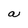
Character: a